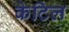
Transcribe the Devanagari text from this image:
केटिल